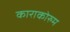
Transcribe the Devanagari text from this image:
काराकोरुम